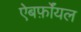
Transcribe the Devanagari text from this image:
ऐबर्फ़ाॅयल